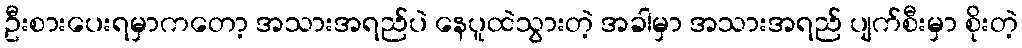
ဦးစားပေးရမှာကတော့ အသားအရည်ပဲ နေပူထဲသွားတဲ့ အခါမှာ အသားအရည် ပျက်စီးမှာ စိုးတဲ့